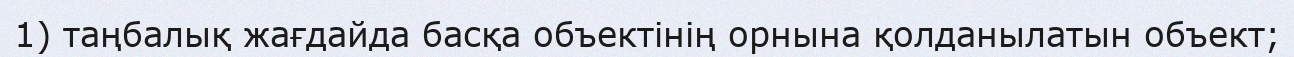
1) таңбалық жағдайда басқа объектінің орнына қолданылатын объект;